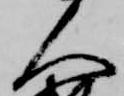
人